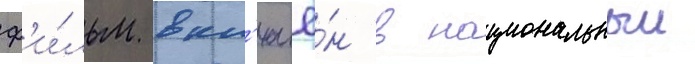
ф'и́льм вкл'ючё́н в национальныи